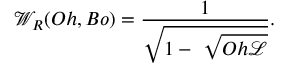
{ \mathcal { W } } _ { R } ( O h , B o ) = \frac { 1 } { \sqrt { 1 - ~ \sqrt { O h { \mathscr { L } } } } } .